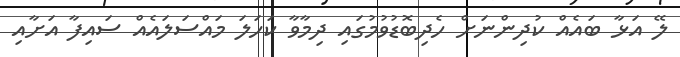
ލޭ އަޅާ ބައެއް ކުދިންނަށް ހެދިބޮޑުވުމުގައި ދިމާވާ ކަހަލަ މައްސަލައެއް ސައިފާ އަށާއި